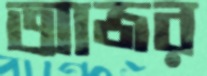
আজর